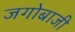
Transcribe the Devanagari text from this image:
जगोबाजी